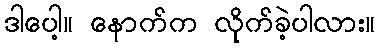
ဒါပေါ့။ နောက်က လိုက်ခဲ့ပါလား။